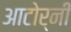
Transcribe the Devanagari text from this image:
आटोर्नी